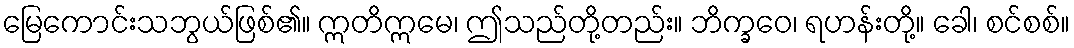
မြေကောင်းသဘွယ်ဖြစ်၏။ ဣတိဣမေ၊ ဤသည်တို့တည်း။ ဘိက္ခဝေ၊ ရဟန်းတို့။ ခေါ၊ စင်စစ်။